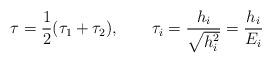
LaTeX: \begin{align*}\tau={1\over 2} (\tau_1 + \tau_2), \qquad \tau_i = {h_i\over \sqrt{h_i^2}} = {h_i \over E_i}\end{align*}